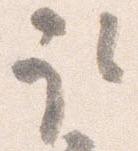
取